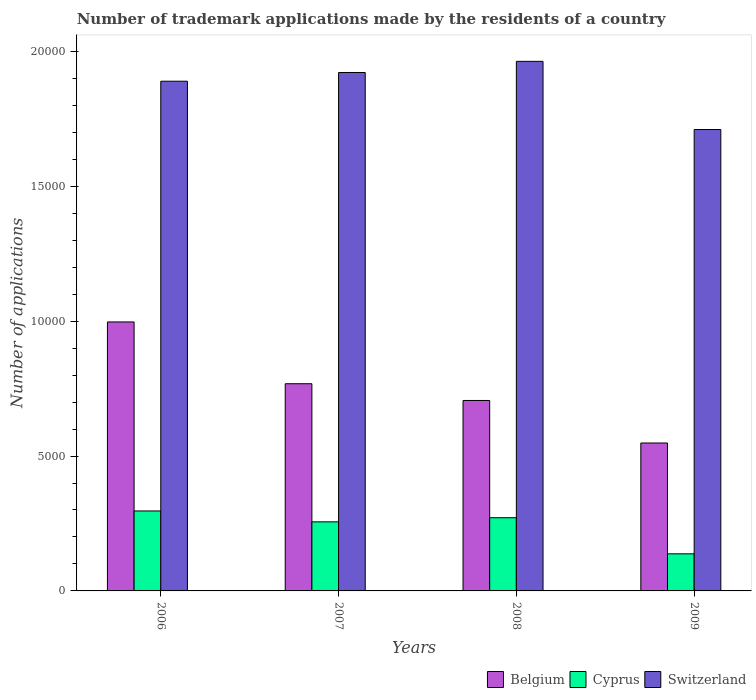
| Years | Belgium | Cyprus | Switzerland |
 | --- | --- | --- | --- |
 | 2006 | 9.97e+03 | 2.96e+03 | 1.89e+04 |
 | 2007 | 7.68e+03 | 2.56e+03 | 1.92e+04 |
 | 2008 | 7.06e+03 | 2.71e+03 | 1.96e+04 |
 | 2009 | 5.48e+03 | 1.38e+03 | 1.71e+04 |